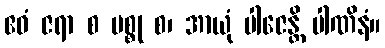
ဧဝံ ဇရာ စ မစ္စု စ၊ အာယုံ ပါဇေန္တိ ပါဏိနံ။